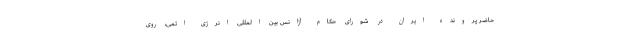
حاضر پرونده ایران در شورای حکام آژانس بین المللی انرژی اتمی، روی